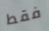
فقط